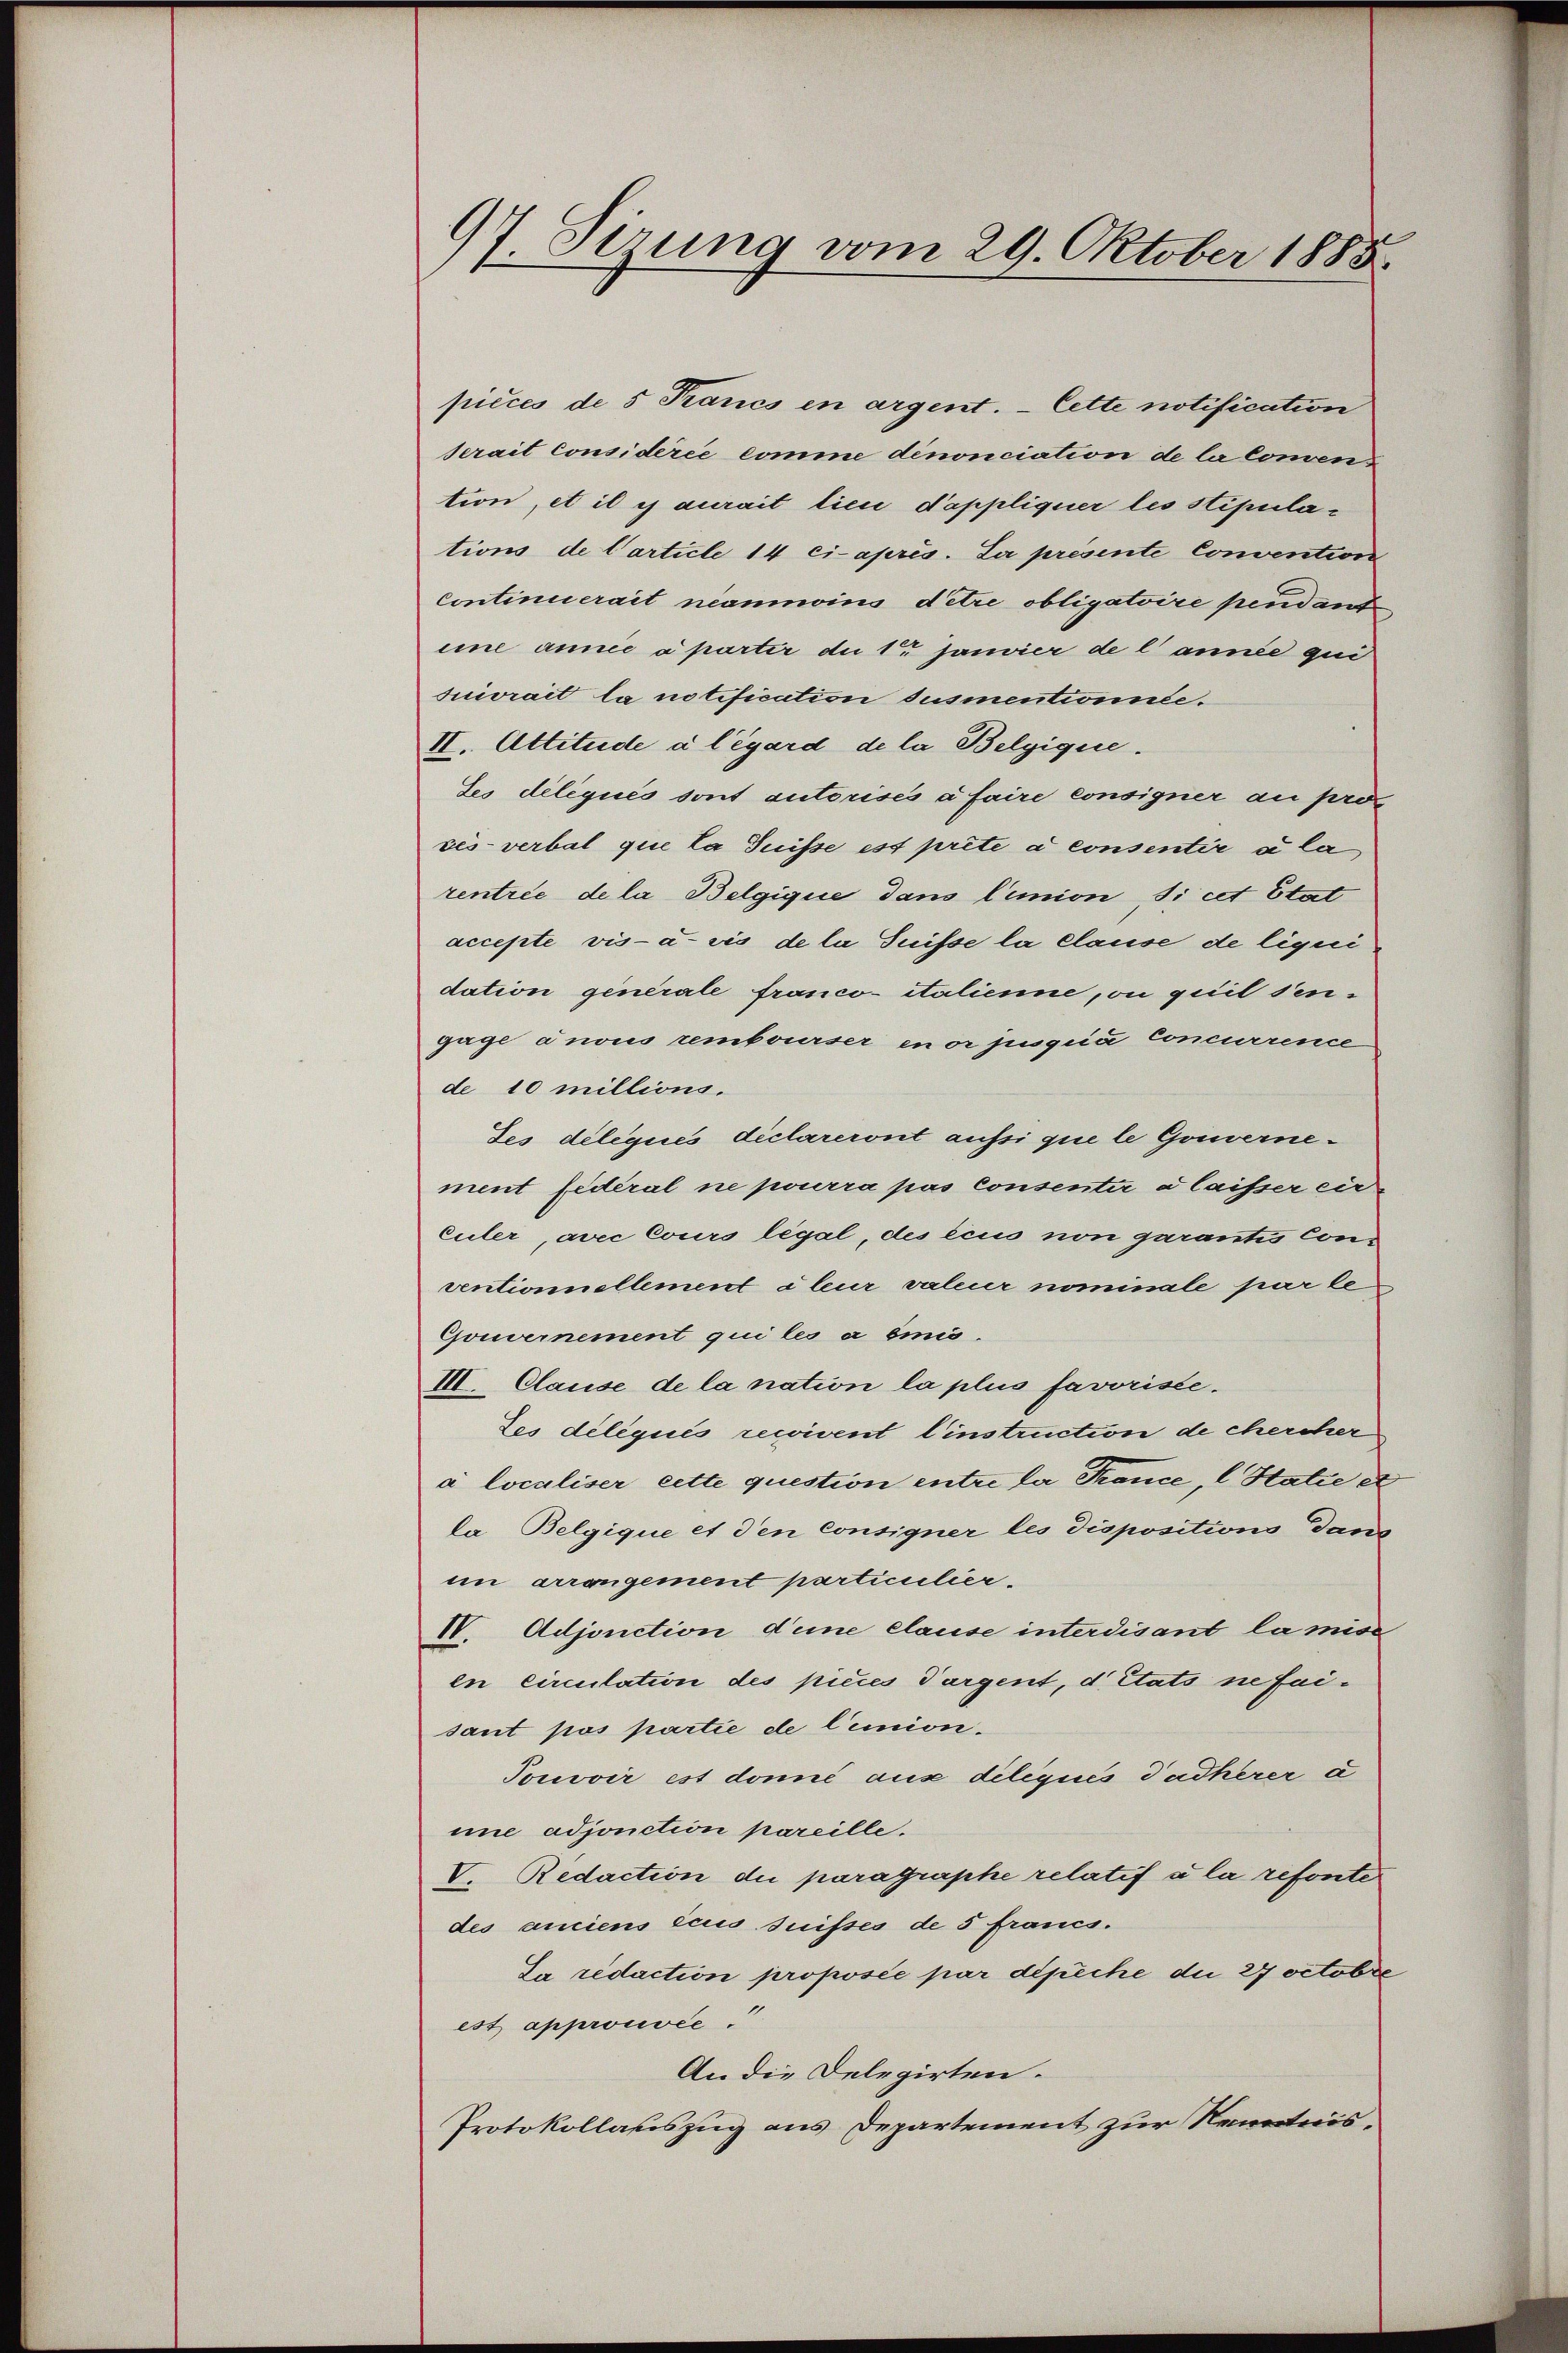
97. Sirung vom 29. Oktober 1888.

pièces de 5 Francs en argent. — Cette notification
serait considérée comme dinonciation de la Conven
tion, et il es aurait lieu d’appliquer les stipulations de Carticle 14 ci-après. La présente Convention
continuerait néanmoins detre obligatoire pendant
iine annie a partir du 1 Janvier de l’année qui
suivrait la notification susmentionale.
II. Attitude à l’égard de la Belgique.
Ses délégués sont autorisés à faire consigner au pro
ves-verbal que la Suisse est prete a consentir à la
rentrie de la Belgique dans limion, si cet Stat
accepte vis-à-vis de la Suisse la clause de liqui
dation generale franco- italienne, ou quit dengage anons rembourser in er jugia Concurrence
de 10 millions.
Jes délégués déclareront aussi que le Gouvernement fédéral ne pourra pas consenter a laisser ein¬
Culer, avec Cours légal, des ein non garantis Conventionnellement à leur valeur nominale par le
Gouvernement qui les a émis.
III. Clause de la nation la plus favoriste.
Les diliqui recivent Einstruction de chercher
a localiser cette question entre der France, l Halie et
da Belgique et den Consigner les dispositions dans
im arrangement particulier¬
IV. Adjonction d’une clause interdisant la miss
en circulation des pièces dargent, d. Stats nefeisant pas partie de limion.
Touvoir est donné aus diliques Sacherer a
ine adjonction pareille.
V. Redaction de paragraphe relatif à la refonter
des anciens eius suisses de 5 francs.
La redaction proposée par depeche die 27 octobre
est approuvée
An die Delegirten.
Protokollauszug aus Departement zur Kenntnis¬